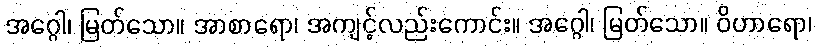
အဂ္ဂေါ၊ မြတ်သော။ အာစာရော၊ အကျင့်လည်းကောင်း။ အဂ္ဂေါ၊ မြတ်သော။ ဝိဟာရော၊